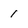
Character: 1